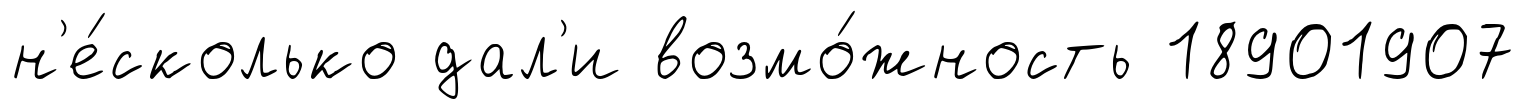
н'е́сколько дал'и возмо́жность 18901907